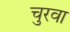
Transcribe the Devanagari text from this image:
चुरवा